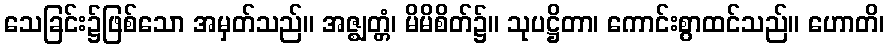
သေခြင်း၌ဖြစ်သော အမှတ်သည်။ အဇ္ဈတ္တံ၊ မိမိစိတ်၌။ သုပဋ္ဌိတာ၊ ကောင်းစွာထင်သည်။ ဟောတိ၊